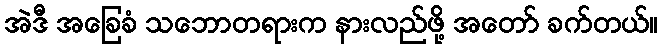
အဲဒီ အခြေခံ သဘောတရားက နားလည်ဖို့ အတော် ခက်တယ်။